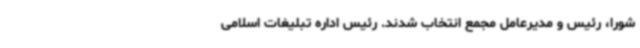
شورا، رئیس و مدیرعامل مجمع انتخاب شدند. رئیس اداره تبلیغات اسلامی